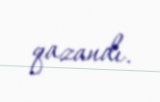
qazandı.